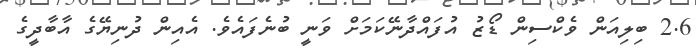
2.6 ބިލިއަން ވެކްސިން ޑޯޒު އުފައްދާނޭކަމަށް ވަނީ ބުނެފައެވެ. އެއިން ދުނިޔޭގެ އާބާދީގެ